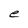
Character: e